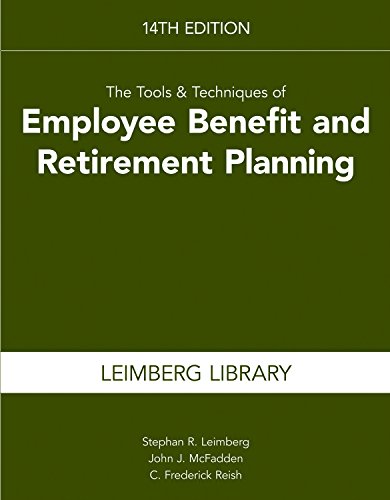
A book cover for Tools & Techniques of Employee Benefits & Retirement Planning (Tools and Techniques of Employee Benefit and Retirement Planning); Stephan R. Leimberg; Business & Money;